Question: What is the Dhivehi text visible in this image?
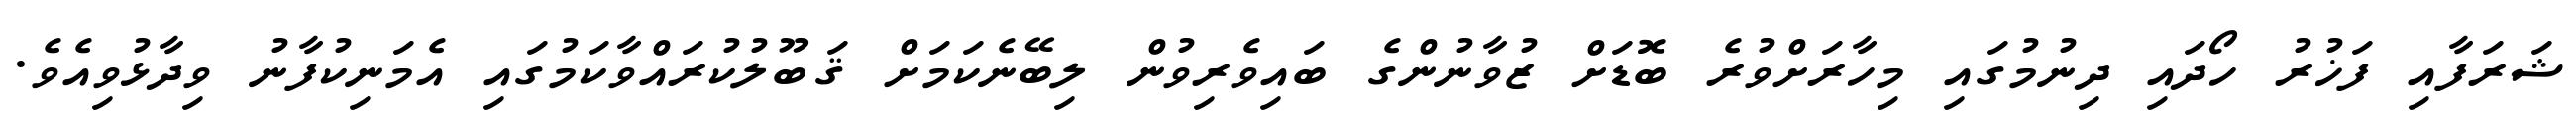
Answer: ޝަރަފާއި ފަޚުރު ހޯދައި ދިނުމުގައި މިހާރަށްވުރެ ބޮޑަށް ޒުވާނުންގެ ބައިވެރިވުން ލިބޭނެކަމަށް ޤަބޫލުކުރައްވާކަމުގައި އެމަނިކުފާނު ވިދާޅުވިއެވެ.